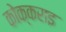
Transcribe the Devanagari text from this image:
कोक्कराइ